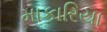
માકારિયા